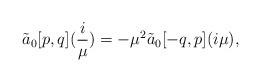
LaTeX: \begin{align*}\tilde{a}_{0}[p,q](\frac{i}{\mu})=-\mu^{2} \tilde{a}_{0}[-q,p](i\mu),\end{align*}